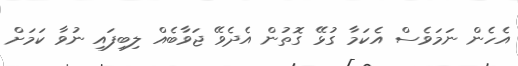
އެހެން ނަމަވެސް އެކަމާ ގުޅޭ ގޮތުން އެދެވޭ ޖަވާބެއް ލިބިފައި ނުވާ ކަމަށް